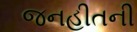
જનહીતની